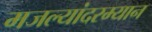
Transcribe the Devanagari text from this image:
मजल्यांदरम्यान